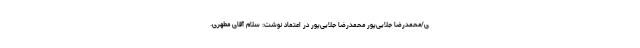
ی/محمدرضا جلایی‌پور محمدرضا جلایی‌پور در اعتماد نوشت: سلام آقای مطهری.